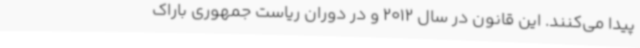
پیدا می‌کنند. این قانون در سال 2012 و در دوران ریاست جمهوری باراک